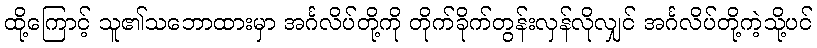
ထို့ကြောင့် သူ၏သဘောထားမှာ အင်္ဂလိပ်တို့ကို တိုက်ခိုက်တွန်းလှန်လိုလျှင် အင်္ဂလိပ်တို့ကဲ့သို့ပင်